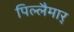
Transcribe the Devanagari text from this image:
पिल्लैमार्